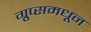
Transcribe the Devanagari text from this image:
ग्रुप्समधून